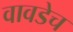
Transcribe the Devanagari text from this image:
वावडेच